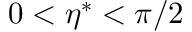
0 < \eta ^ { \ast } < \pi / 2